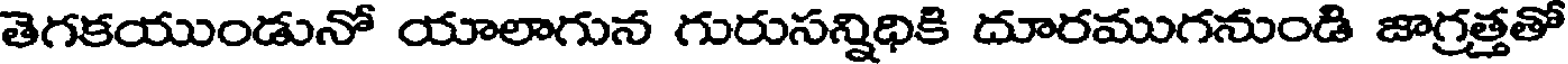
తెగకయుండునో యాలాగున గురుసన్నిధికి దూరముగనుండి జాగ్రత్తతో